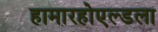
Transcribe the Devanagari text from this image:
हामारहोएल्डला